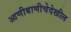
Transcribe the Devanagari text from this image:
आणीबाणीचेदेखील